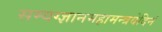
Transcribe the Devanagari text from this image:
सम्यग्ज्ञानमहामन्त्रवेदिनं